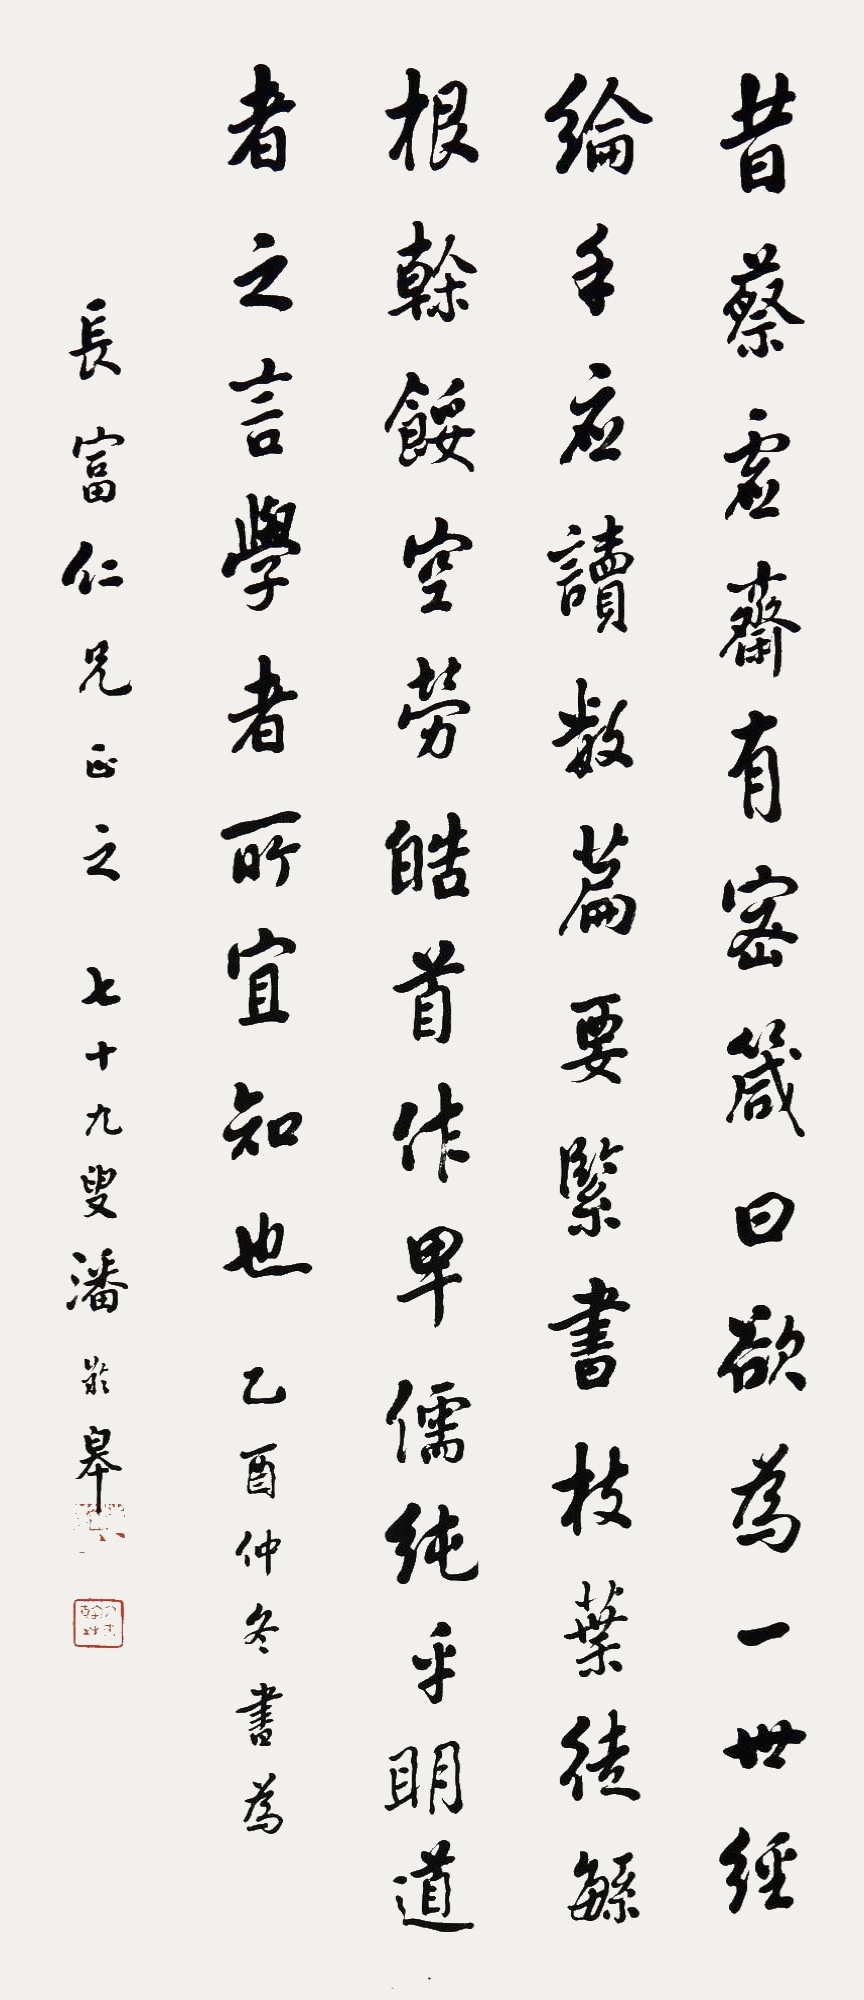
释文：昔蔡虚斋有密箴曰：欲为一世经纶手，且读数篇紧要书，枝叶徒繁根干馁，空劳皓首作卑儒。纯乎明道者之言学者所宜知也。乙酉仲冬书为长富仁兄正之，七十九叟潘龄皋。